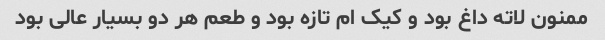
ممنون لاته داغ بود و کیک ام تازه بود و طعم هر دو بسیار عالی بود